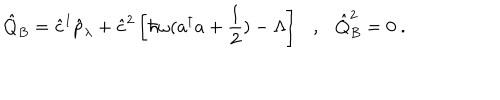
\hat { Q } _ { B } = \hat { c } ^ { 1 } \hat { p } _ { \lambda } + \hat { c } ^ { 2 } \left[ \hbar \omega ( a ^ { \dagger } a + \frac { 1 } { 2 } ) - \Lambda \right] \ \ \ , \ \ \ \hat { Q } _ { B } ^ { 2 } = 0 \ .